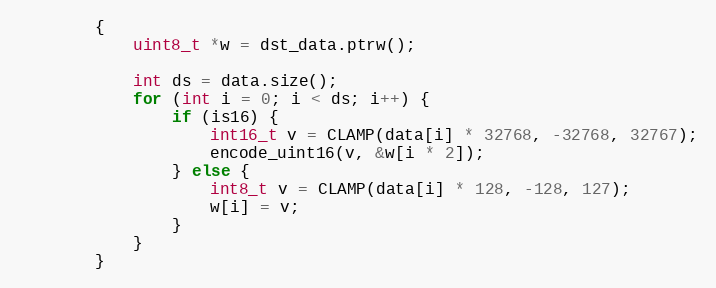
Language: C++
		{
			uint8_t *w = dst_data.ptrw();

			int ds = data.size();
			for (int i = 0; i < ds; i++) {
				if (is16) {
					int16_t v = CLAMP(data[i] * 32768, -32768, 32767);
					encode_uint16(v, &w[i * 2]);
				} else {
					int8_t v = CLAMP(data[i] * 128, -128, 127);
					w[i] = v;
				}
			}
		}